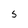
Character: 5